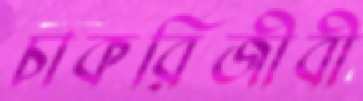
চাকরিজীবী